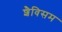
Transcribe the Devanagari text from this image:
शैविसम